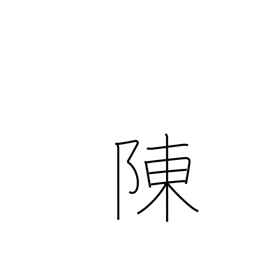
Meaning: explain